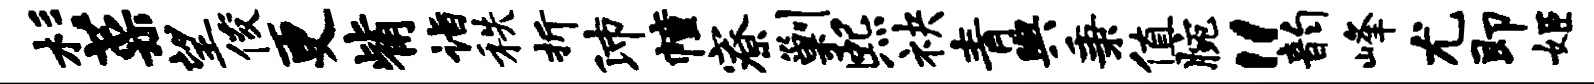
杉菜望俊更觜诣秩折沛幢寮剿熙袂青舆秉值腕“韵峰尤即姬